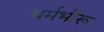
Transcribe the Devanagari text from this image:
धर्मभीरू